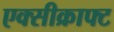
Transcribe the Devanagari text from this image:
एक्सीक्राफ्ट